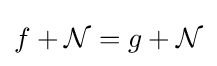
f+{\mathcal {N}}=g+{\mathcal {N}}